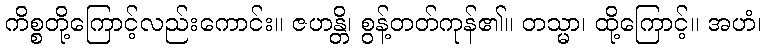
ကိစ္စတို့ကြောင့်လည်းကောင်း။ ဇဟန္တိ၊ စွန့်တတ်ကုန်၏။ တသ္မာ၊ ထို့ကြောင့်။ အဟံ၊